Scottish Leaving Certificate Examination, 1959
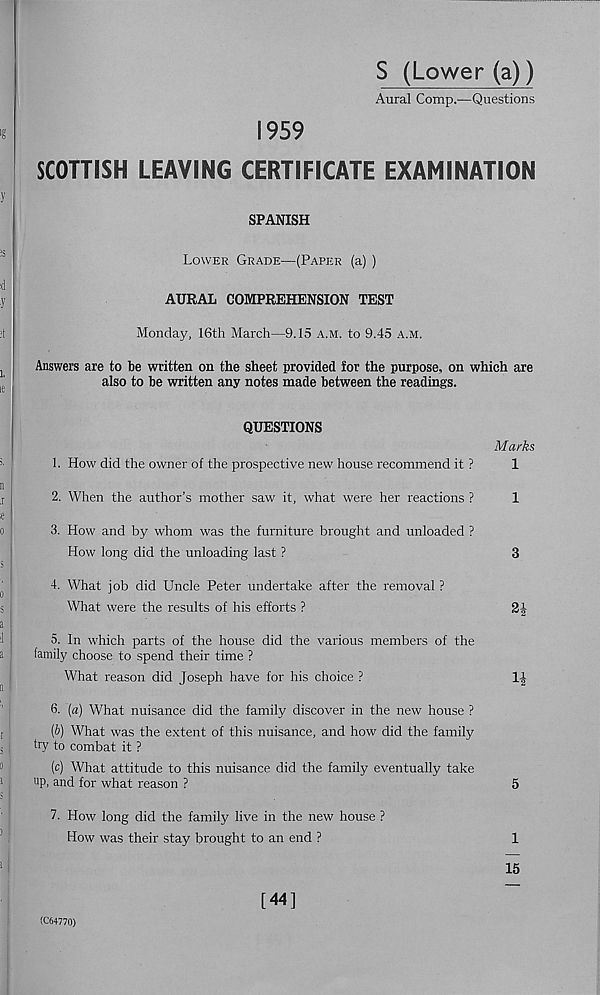
S (Lower (a))
Aural Comp.—Questions
1959
SCOTTISH LEAVING CERTIFICATE EXAMINATION
SPANISH
Lower Grade—(Paper (a) )
AURAL COMPREHENSION TEST
Monday, 16th March—9.15 a.m. to 9.45 a.m.
Answers are to be written on the sheet provided for the purpose, on which are
also to be written any notes made between the readings.
QUESTIONS
1. How did the owner of the prospective new house recommend it ?
2. When the author’s mother saw it, what were her reactions ?
3. How and by whom was the furniture brought and unloaded ?
How long did the unloading last ?
Marks
1
1
3
4. What job did Uncle Peter undertake after the removal ?
What were the results of his efforts ?
5. In which parts of the house did the various members of the
family choose to spend their time ?
What reason did Joseph have for his choice ?
6. (a) What nuisance did the family discover in the new house ?
(b) What was the extent of this nuisance, and how did the family
try to combat it ?
(c) What attitude to this nuisance did the family eventually take
up, and for what reason ?
5
V. How long did the family live in the new house ?
How was their stay brought to an end ?
1
15
(C64770)
[44]